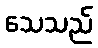
သေသည်